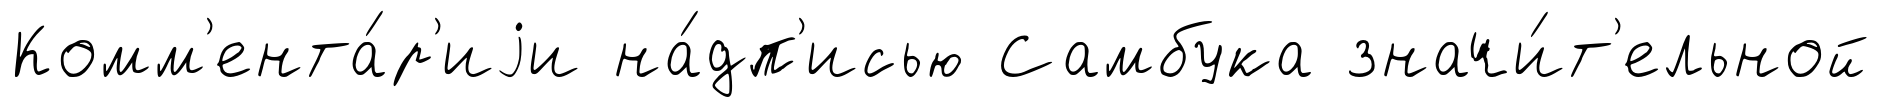
Комм'ента́р'иjи на́дп'исью Самбука значи́т'ельной